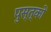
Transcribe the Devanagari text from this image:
पुस्त्कों